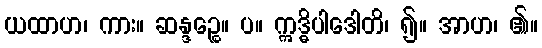
ယထာဟ၊ ကား။ ဆန္ဒဉ္စေ။ ပ။ ဣဒ္ဓိပါဒေါတိ၊ ၍။ အာဟ၊ ၏။